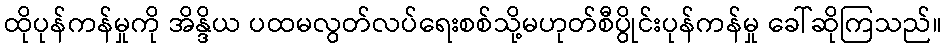
ထိုပုန်ကန်မှုကို အိန္ဒိယ ပထမလွတ်လပ်ရေးစစ်သို့မဟုတ်စီပွိုင်းပုန်ကန်မှု ခေါ်ဆိုကြသည်။